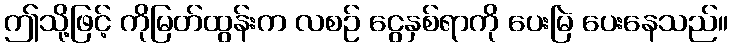
ဤသို့ဖြင့် ကိုမြတ်ထွန်းက လစဉ် ငွေနှစ်ရာကို ပေးမြဲ ပေးနေသည်။